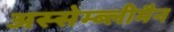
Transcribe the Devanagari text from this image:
अस्सेम्ब्लीमैन